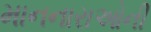
માનનારાઓની